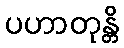
ပဟာတုန္တိ